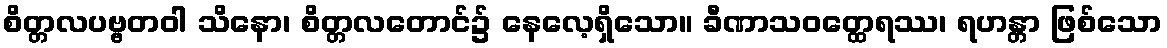
စိတ္တလပဗ္ဗတဝါ သိနော၊ စိတ္တလတောင်၌ နေလေ့ရှိသော။ ခီဏာသဝတ္ထေရဿ၊ ရဟန္တာ ဖြစ်သော